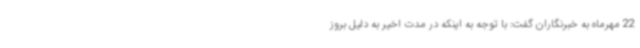
22 مهرماه به خبرنگاران گفت: با توجه به اینکه در مدت اخیر به دلیل بروز